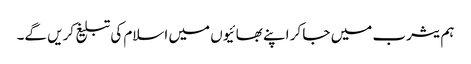
ہم یثرب میں جا کر اپنے بھائیوں میں اسلام کی تبلیغ کریں گے۔